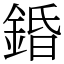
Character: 錉